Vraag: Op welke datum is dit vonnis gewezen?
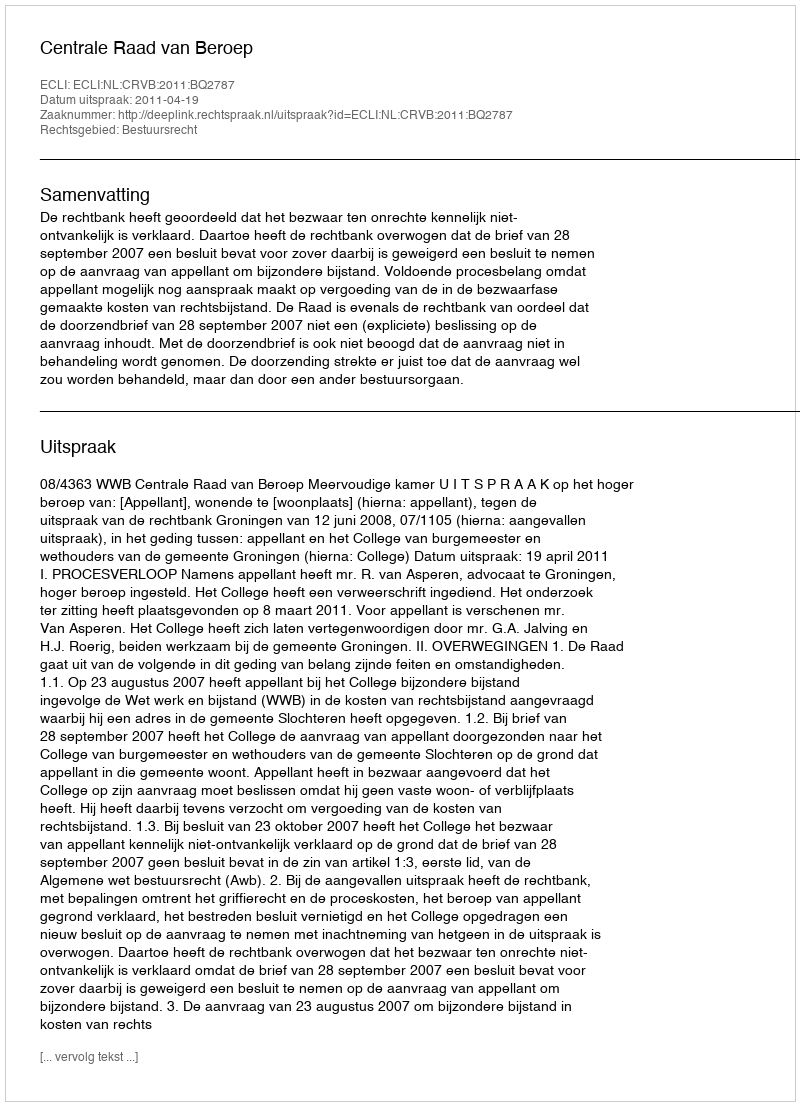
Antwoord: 2011-04-19